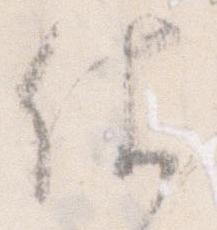
仕